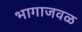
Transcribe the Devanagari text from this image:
भागाजवळ